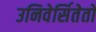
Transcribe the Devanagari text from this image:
उनिवेर्सितेतो